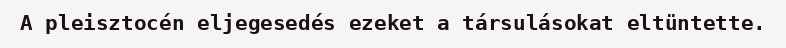
A pleisztocén eljegesedés ezeket a társulásokat eltüntette.